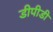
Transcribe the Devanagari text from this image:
डीपीडी